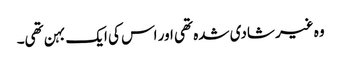
وہ غیر شادی شدہ تھی اور اس کی ایک بہن تھی۔